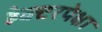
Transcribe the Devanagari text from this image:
हेक्टरपेक्षा